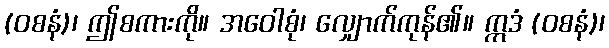
(ဝစနံ)၊ ဤစကားကို။ အဝေါစုံ၊ လျှောက်ကုန်၏။ ဣဒံ (ဝစနံ)၊